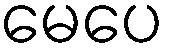
မေပေ